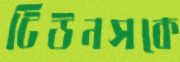
টিউনসকে